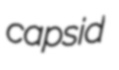
capsid